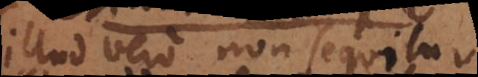
(illud vero non sequitur